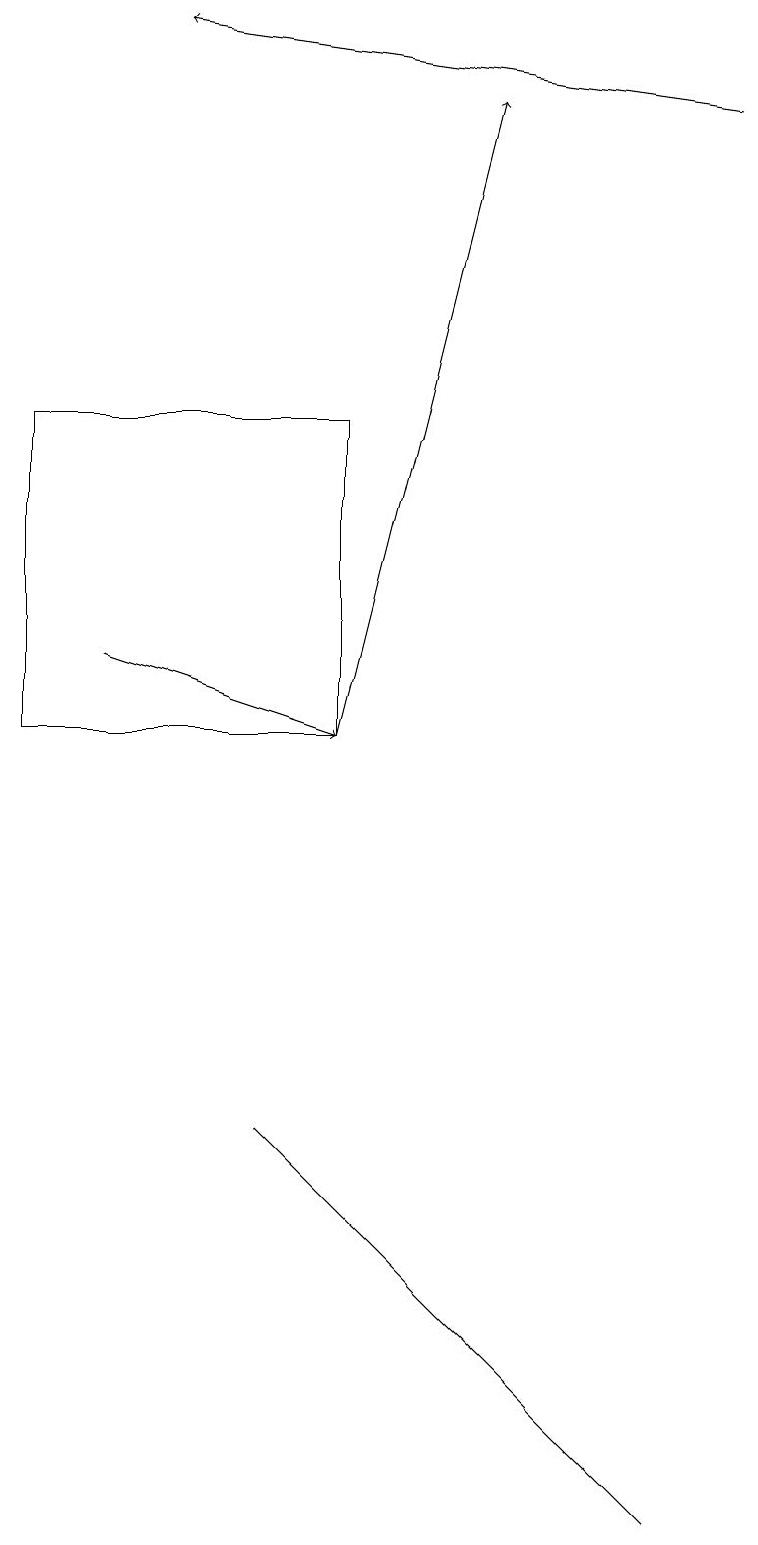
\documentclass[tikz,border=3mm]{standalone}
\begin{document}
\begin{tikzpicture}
\draw[->] (9,18) -- (2,19);
\draw (0,14) rectangle (4,10);
\draw[->] (4,10) -- (6,18);
\draw (8,0) -- (8,0) -- (3,5) -- cycle;
\draw[->] (1,11) -- (4,10);
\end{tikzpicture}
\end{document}